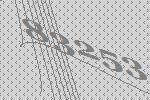
83253